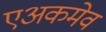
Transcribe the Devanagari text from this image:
एअकमेव